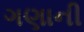
ગણાની